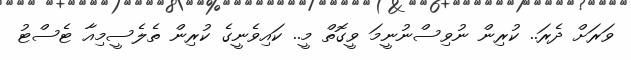
ވަރަށް ދެރަ.. ކުރިން ނުވިސްނުނީމަ ވީގޮތް މީ.. ކައިވެނީގެ ކުރިން ތެލެސީމިއާ ޓެސްޓު